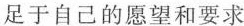
足于自己的愿望和要求